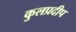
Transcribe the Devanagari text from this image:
कुलप्रदीप